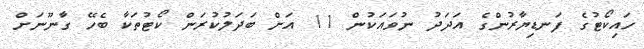
ހައިކޯޓުގެ ފަނޑިޔާރުންގެ އަދަދު ނުވައަކުން 11 އަށް ބަދަލުކުރަން ކޯޓުތަކާ ބެހޭ ގާނޫނަށް